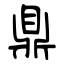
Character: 鼎